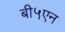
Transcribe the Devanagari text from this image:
बी५एन